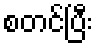
စတင်ပြီး